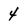
Character: 4